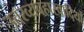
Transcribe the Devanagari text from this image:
उत्तरव्यवहारवादियों